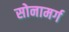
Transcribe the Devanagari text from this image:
सोनामर्ग